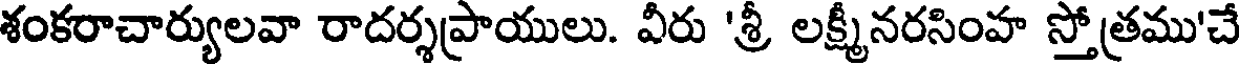
శంకరాచార్యులవా రాదర్శప్రాయులు. వీరు 'శ్రీ లక్ష్మీనరసింహ స్తోత్రము'చే